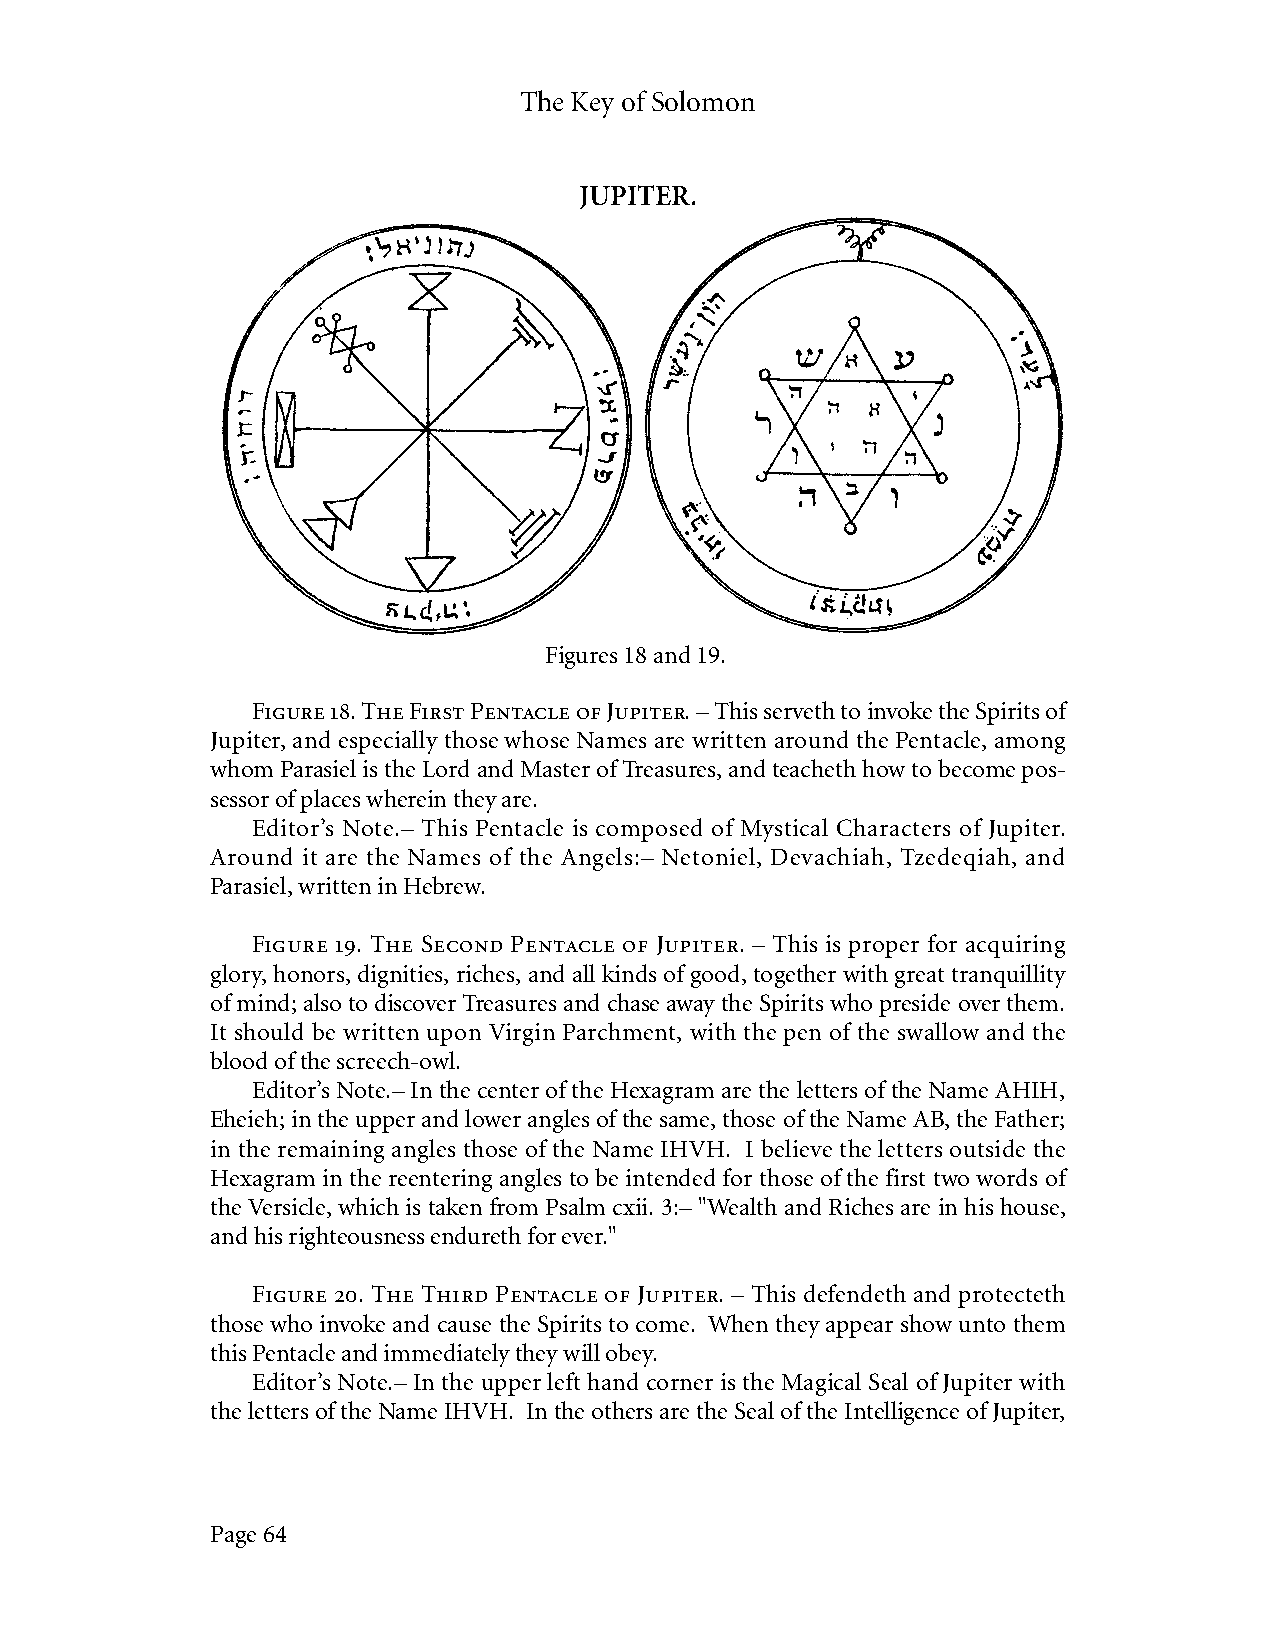
The Key of Solomon
 JUPITER.
 Figures 18 and 19.
 Figure 18. The First Pentacle of Jupiter. – This serveth to invoke the Spirits of
 Jupiter, and especially those whose Names are written around the Pentacle, among
 whom Parasiel is the Lord and Master of Treasures, and teacheth how to become pos-
 sessor of places wherein they are.
 Editor’s Note.– This Pentacle is composed of Mystical Characters of Jupiter.
 Around it are the Names of the Angels:– Netoniel, Devachiah, Tzedeqiah, and
 Parasiel, written in Hebrew.
 Figure 19. The Second Pentacle of Jupiter. – This is proper for acquiring
 glory, honors, dignities, riches, and all kinds of good, together with great tranquillity
 of mind; also to discover Treasures and chase away the Spirits who preside over them.
 It should be written upon Virgin Parchment, with the pen of the swallow and the
 blood of the screech-owl.
 Editor’s Note.– In the center of the Hexagram are the letters of the Name AHIH,
 Eheieh; in the upper and lower angles of the same, those of the Name AB, the Father;
 in the remaining angles those of the Name IHVH. I believe the letters outside the
 Hexagram in the reentering angles to be intended for those of the first two words of
 the Versicle, which is taken from Psalm cxii. 3:– "Wealth and Riches are in his house,
 and his righteousness endureth for ever."
 Figure 20. The Third Pentacle of Jupiter. – This defendeth and protecteth
 those who invoke and cause the Spirits to come. When they appear show unto them
 this Pentacle and immediately they will obey.
 Editor’s Note.– In the upper left hand corner is the Magical Seal of Jupiter with
 the letters of the Name IHVH. In the others are the Seal of the Intelligence of Jupiter,
 Page 64